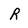
Character: R